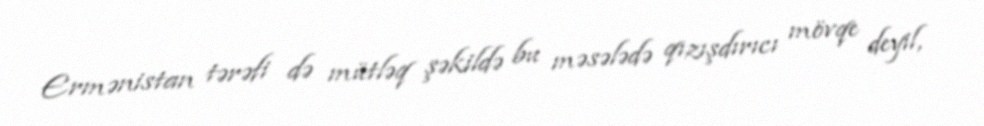
Ermənistan tərəfi də mütləq şəkildə bu məsələdə qızışdırıcı mövqe deyil,